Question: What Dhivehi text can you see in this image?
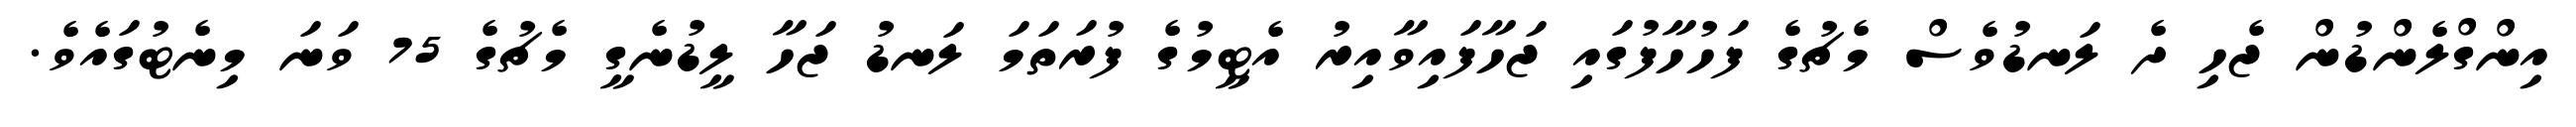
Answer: އިންގްލެންޑުން ޖެހި ދެ ލަނޑުވެސް މެޗުގެ ފަހުހާފުގައި ޖަހާފައިވާއިރު އެޓީމުގެ ފުރަތަމަ ލަނޑު ޖަހާ ލީޑުނެގީ މެޗުގެ 75 ވަނަ މިނެޓުގައެވެ.